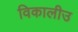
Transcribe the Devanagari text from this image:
विकालीउ